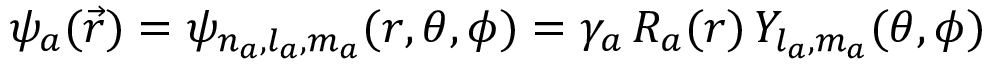
\begin{array} { r } { \psi _ { a } ( \vec { r } ) = \psi _ { n _ { a } , l _ { a } , m _ { a } } ( r , \theta , \phi ) = \gamma _ { a } \, R _ { a } ( r ) \, Y _ { l _ { a } , m _ { a } } ( \theta , \phi ) } \end{array}